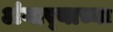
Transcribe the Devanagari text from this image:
अंगार्‍याच्या